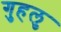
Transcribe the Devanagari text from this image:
गुहलु